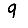
Digit: 9